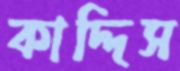
কাদ্দিস